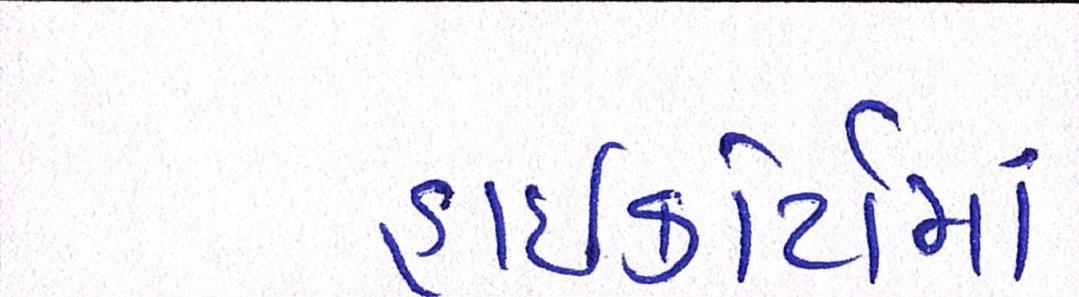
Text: હાઇકોર્ટોમાં